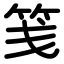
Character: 笺